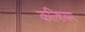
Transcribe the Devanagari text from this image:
कल्शियम